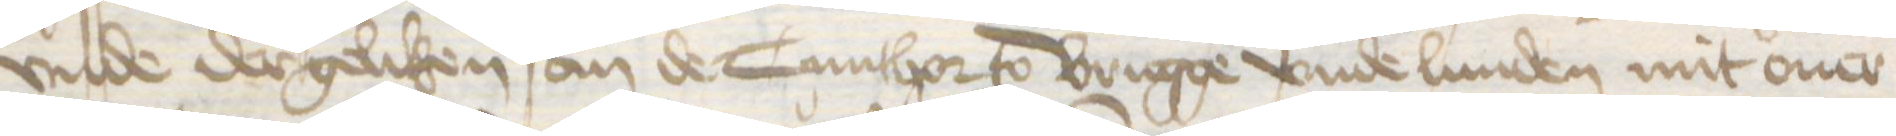
vnde dergeliken an de Cunthor to Brugge vnde Lunden mit ouer